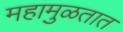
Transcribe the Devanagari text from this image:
महामुळतात